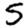
Digit: 5